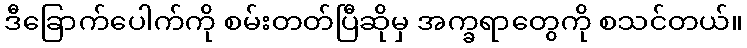
ဒီခြောက်ပေါက်ကို စမ်းတတ်ပြီဆိုမှ အက္ခရာတွေကို စသင်တယ်။